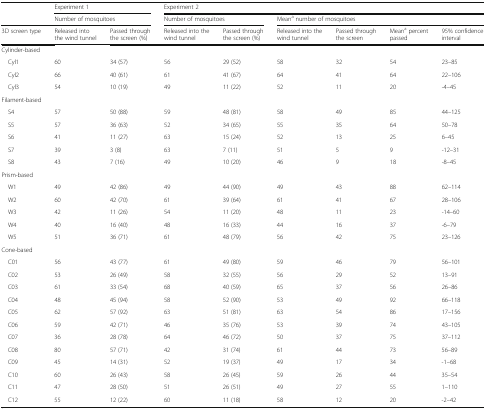
<table><thead><tr><td rowspan="2"></td><td colspan="2"><b>Experiment 1</b></td><td colspan="6"><b>Experiment 2</b></td></tr><tr><td colspan="2"><b>Number of mosquitoes</b></td><td colspan="2"><b>Number of mosquitoes</b></td><td colspan="4"><b>Mean<sup>a</sup> number of mosquitoes</b></td></tr><tr><td><b>3D screen type</b></td><td><b>Released into the wind tunnel</b></td><td><b>Passed through the screen (%)</b></td><td><b>Released into the wind tunnel</b></td><td><b>Passed through the screen (%)</b></td><td><b>Released into the wind tunnel</b></td><td><b>Passed through the screen</b></td><td><b>Mean<sup>a</sup> percent passed</b></td><td><b>95% confidence interval</b></td></tr></thead><tbody><tr><td colspan="9">Cylinder-based</td></tr><tr><td> Cyl1</td><td>60</td><td>34 (57)</td><td>56</td><td>29 (52)</td><td>58</td><td>32</td><td>54</td><td>23–85</td></tr><tr><td> Cyl2</td><td>66</td><td>40 (61)</td><td>61</td><td>41 (67)</td><td>64</td><td>41</td><td>64</td><td>22–106</td></tr><tr><td> Cyl3</td><td>54</td><td>10 (19)</td><td>49</td><td>11 (22)</td><td>52</td><td>11</td><td>20</td><td>-4–45</td></tr><tr><td colspan="9">Filament-based</td></tr><tr><td> S4</td><td>57</td><td>50 (88)</td><td>59</td><td>48 (81)</td><td>58</td><td>49</td><td>85</td><td>44–125</td></tr><tr><td> S5</td><td>57</td><td>36 (63)</td><td>52</td><td>34 (65)</td><td>55</td><td>35</td><td>64</td><td>50–78</td></tr><tr><td> S6</td><td>41</td><td>11 (27)</td><td>63</td><td>15 (24)</td><td>52</td><td>13</td><td>25</td><td>6–45</td></tr><tr><td> S7</td><td>39</td><td>3 (8)</td><td>63</td><td>7 (11)</td><td>51</td><td>5</td><td>9</td><td>-12–31</td></tr><tr><td> S8</td><td>43</td><td>7 (16)</td><td>49</td><td>10 (20)</td><td>46</td><td>9</td><td>18</td><td>-8–45</td></tr><tr><td colspan="9">Prism-based</td></tr><tr><td> W1</td><td>49</td><td>42 (86)</td><td>49</td><td>44 (90)</td><td>49</td><td>43</td><td>88</td><td>62–114</td></tr><tr><td> W2</td><td>60</td><td>42 (70)</td><td>61</td><td>39 (64)</td><td>61</td><td>41</td><td>67</td><td>28–106</td></tr><tr><td> W3</td><td>42</td><td>11 (26)</td><td>54</td><td>11 (20)</td><td>48</td><td>11</td><td>23</td><td>-14–60</td></tr><tr><td> W4</td><td>40</td><td>16 (40)</td><td>48</td><td>16 (33)</td><td>44</td><td>16</td><td>37</td><td>-6–79</td></tr><tr><td> W5</td><td>51</td><td>36 (71)</td><td>61</td><td>48 (79)</td><td>56</td><td>42</td><td>75</td><td>23–126</td></tr><tr><td colspan="9">Cone-based</td></tr><tr><td> C01</td><td>56</td><td>43 (77)</td><td>61</td><td>49 (80)</td><td>59</td><td>46</td><td>79</td><td>56–101</td></tr><tr><td> C02</td><td>53</td><td>26 (49)</td><td>58</td><td>32 (55)</td><td>56</td><td>29</td><td>52</td><td>13–91</td></tr><tr><td> C03</td><td>61</td><td>33 (54)</td><td>68</td><td>40 (59)</td><td>65</td><td>37</td><td>56</td><td>26–86</td></tr><tr><td> C04</td><td>48</td><td>45 (94)</td><td>58</td><td>52 (90)</td><td>53</td><td>49</td><td>92</td><td>66–118</td></tr><tr><td> C05</td><td>62</td><td>57 (92)</td><td>63</td><td>51 (81)</td><td>63</td><td>54</td><td>86</td><td>17–156</td></tr><tr><td> C06</td><td>59</td><td>42 (71)</td><td>46</td><td>35 (76)</td><td>53</td><td>39</td><td>74</td><td>43–105</td></tr><tr><td> C07</td><td>36</td><td>28 (78)</td><td>64</td><td>46 (72)</td><td>50</td><td>37</td><td>75</td><td>37–112</td></tr><tr><td> C08</td><td>80</td><td>57 (71)</td><td>42</td><td>31 (74)</td><td>61</td><td>44</td><td>73</td><td>56–89</td></tr><tr><td> C09</td><td>45</td><td>14 (31)</td><td>52</td><td>19 (37)</td><td>49</td><td>17</td><td>34</td><td>-1–68</td></tr><tr><td> C10</td><td>60</td><td>26 (43)</td><td>58</td><td>26 (45)</td><td>59</td><td>26</td><td>44</td><td>35–54</td></tr><tr><td> C11</td><td>47</td><td>28 (50)</td><td>51</td><td>26 (51)</td><td>49</td><td>27</td><td>55</td><td>1–110</td></tr><tr><td> C12</td><td>55</td><td>12 (22)</td><td>60</td><td>11 (18)</td><td>58</td><td>12</td><td>20</td><td>-2–42</td></tr></tbody></table>